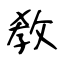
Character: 敎